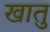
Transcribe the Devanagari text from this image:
खातु